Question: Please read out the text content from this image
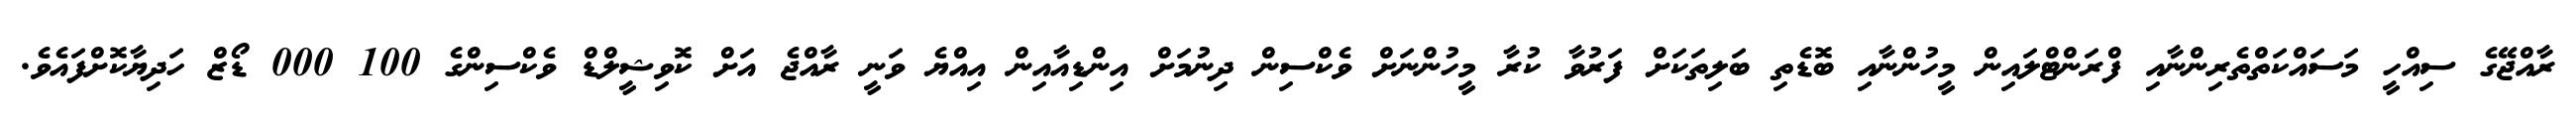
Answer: ރާއްޖޭގެ ސިއްހީ މަސައްކަތްތެރިންނާއި ފްރަންޓްލައިން މީހުންނާއި ބޮޑެތި ބަލިތަކަށް ފަރުވާ ކުރާ މީހުންނަށް ވެކްސިން ދިނުމަށް އިންޑިއާއިން އިއްޔެ ވަނީ ރާއްޖެ އަށް ކޮވިޝީލްޑް ވެކްސިންގެ 100 000 ޑޯޒް ހަދިޔާކޮށްފައެވެ.